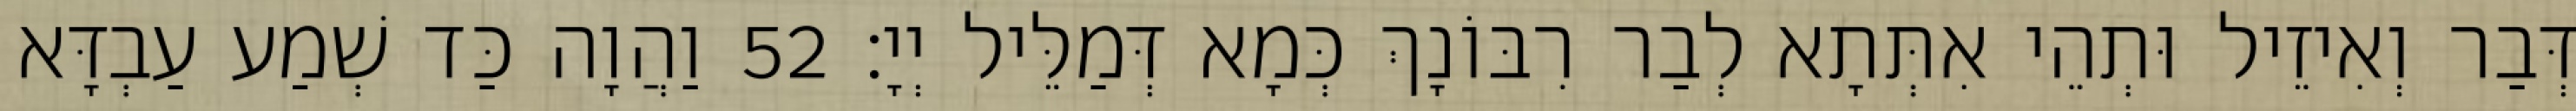
דְּבַר וְאִיזֵיל וּתְהֵי אִתְּתָא לְבַר רִבּוֹנָךְ כְּמָא דְּמַלֵּיל יְיָ׃ 52 וַהֲוָה כַּד שְׁמַע עַבְדָּא